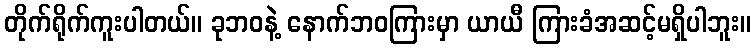
တိုက်ရိုက်ကူးပါတယ်။ ခုဘဝနဲ့ နောက်ဘဝကြားမှာ ယာယီ ကြားခံအဆင့်မရှိပါဘူး။